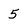
Character: 5